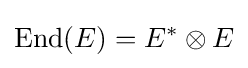
\operatorname {End} (E)=E^{*}\otimes E